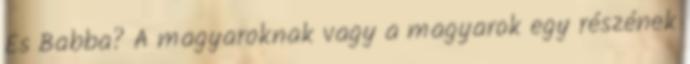
És Babba? A magyaroknak vagy a magyarok egy részének